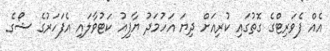
އެއް ފެވަރިޓްގެ ގޮތުގައި ކުރިއަށް ދިޔަ އަހުމަދު ޔާފިއު ކަޓުވާލައި އެފަހަރުގެ ޝޯގެ